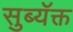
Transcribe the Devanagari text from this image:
सुब्यॅक्त